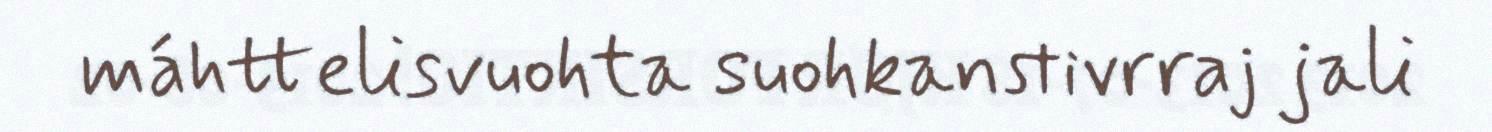
máhttelisvuohta suohkanstivrraj jali